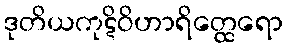
ဒုတိယကုဋိဝိဟာရိတ္ထေရော